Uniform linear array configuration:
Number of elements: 24
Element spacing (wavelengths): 0.25
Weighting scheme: hamming
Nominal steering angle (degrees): -60
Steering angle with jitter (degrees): -58.322
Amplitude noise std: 0.05
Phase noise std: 0.05

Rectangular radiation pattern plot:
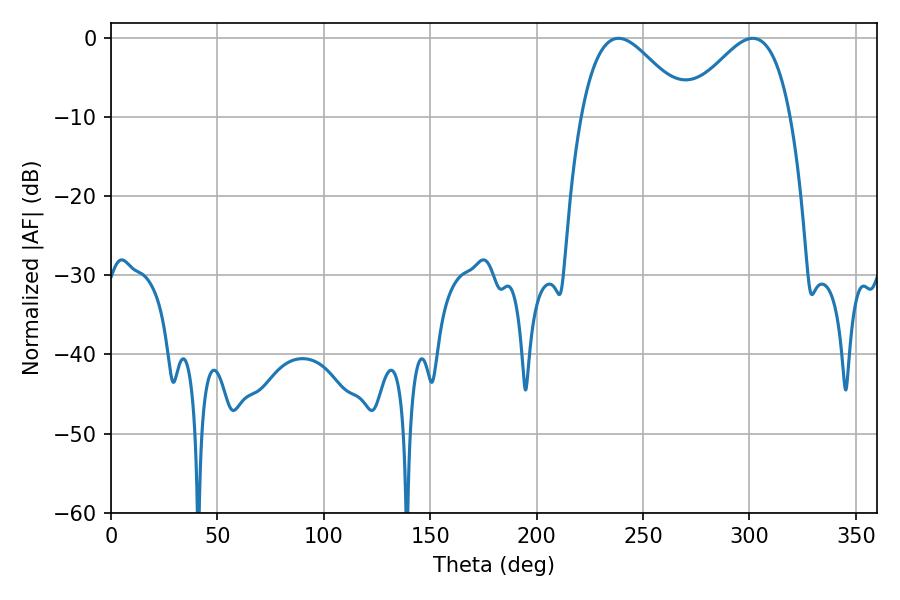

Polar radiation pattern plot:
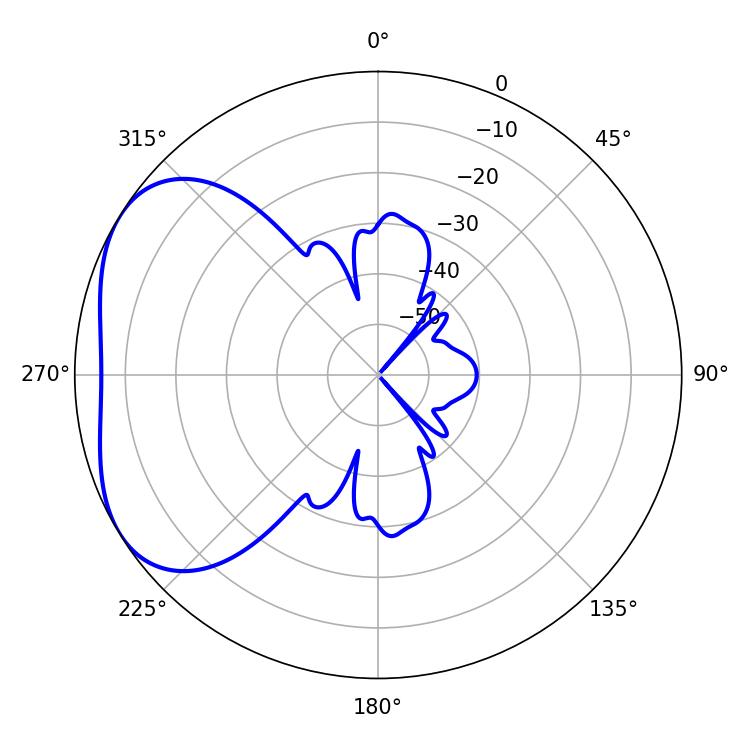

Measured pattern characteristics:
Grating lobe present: FALSE
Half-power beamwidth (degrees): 26.82
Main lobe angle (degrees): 301.5